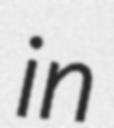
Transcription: in